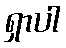
ရှာပါ